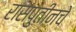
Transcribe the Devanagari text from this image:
रासपुतीनचे